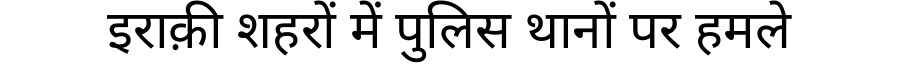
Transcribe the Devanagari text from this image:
इराक़ी शहरों में पुलिस थानों पर हमले